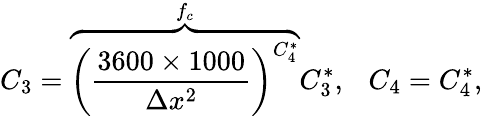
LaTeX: C_{3}=\overbrace{{\left(\frac{3600\times 1000}{\Delta x^{2}}\right)}^{C_{4}^{*}}}^{f_{c}}C_{3}^{*},\ \ \ C_{4}=C_{4}^{*},